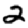
Digit: 2